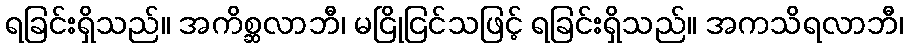
ရခြင်းရှိသည်။ အကိစ္ဆလာဘီ၊ မငြိုငြင်သဖြင့် ရခြင်းရှိသည်။ အကသိရလာဘီ၊